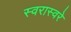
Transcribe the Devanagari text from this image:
स्वरास्वरे